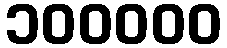
၁၀၀၀၀၀